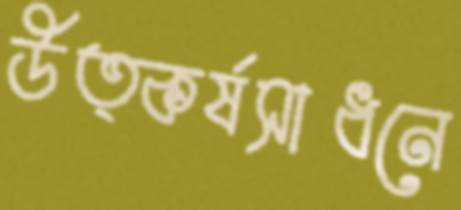
উত্কর্ষসাধনে